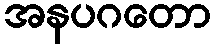
အနပဂတော